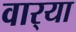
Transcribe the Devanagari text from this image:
वार्‍या